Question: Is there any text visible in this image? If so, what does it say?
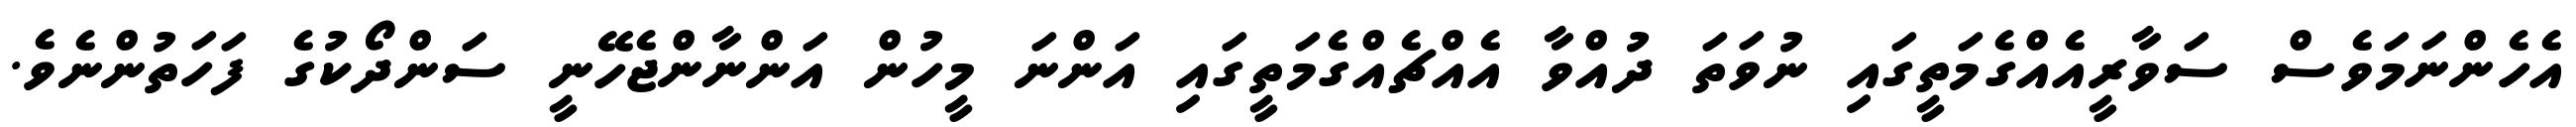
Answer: އެހެންނަމަވެސް ސަވާރީއެއްގެމަތީގައި ނުވަތަ ދުއްވާ އެއްޗެއްގެމަތީގައި އަންނަ މީހުން އަންނާންޖެހޭނީ ސަންދޯކުގެ ފަހަތުންނެވެ.